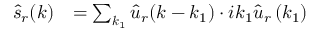
\begin{array} { l l } { \hat { s } _ { r } ( \boldsymbol k ) } & { = \sum _ { \boldsymbol k _ { 1 } } \hat { \boldsymbol u } _ { r } ( \boldsymbol k - \boldsymbol k _ { 1 } ) \cdot i k _ { 1 } \hat { \boldsymbol u } _ { r } \left( \boldsymbol k _ { 1 } \right) } \end{array}